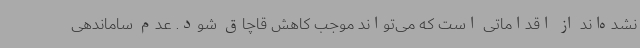
نشده‌اند از اقداماتی است که می‌تواند موجب کاهش قاچاق شود. عدم ساماندهی